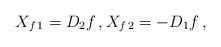
LaTeX: \begin{align*}X_{f\,1}=D_2 f\,,X_{f\,2}=-D_1 f\,,\end{align*}